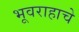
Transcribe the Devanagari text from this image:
भूवराहाचे